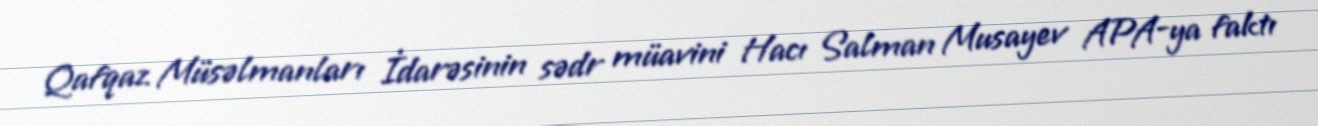
Qafqaz Müsəlmanları İdarəsinin sədr müavini Hacı Salman Musayev APA-ya faktı